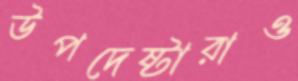
উপদেষ্টারাও